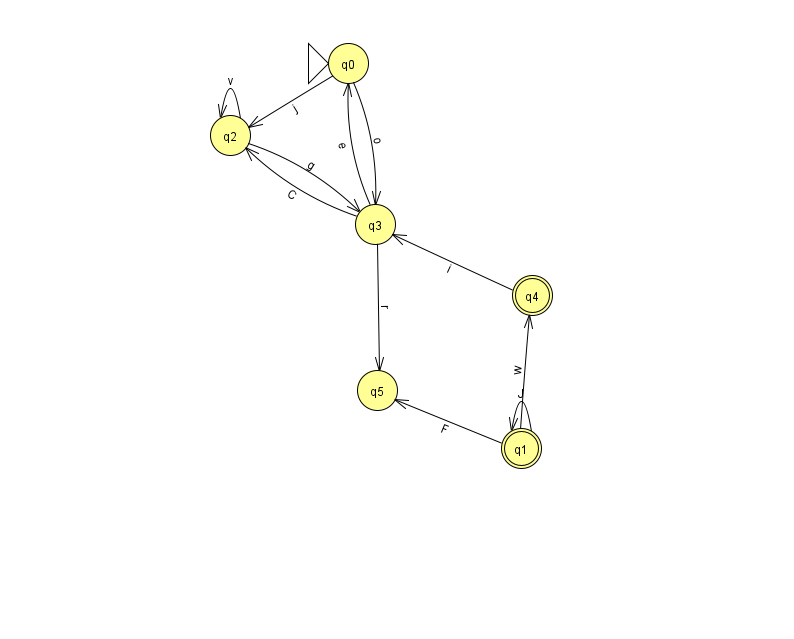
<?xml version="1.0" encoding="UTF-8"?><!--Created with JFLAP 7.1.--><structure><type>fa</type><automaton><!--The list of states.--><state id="0" name="q0"><x>348.0</x><y>50.0</y><initial/></state><state id="1" name="q1"><x>521.0</x><y>435.0</y><final/></state><state id="2" name="q2"><x>230.0</x><y>122.0</y></state><state id="3" name="q3"><x>375.0</x><y>211.0</y></state><state id="4" name="q4"><x>532.0</x><y>282.0</y><final/></state><state id="5" name="q5"><x>377.0</x><y>377.0</y></state><!--The list of transitions.--><transition><from>3</from><to>2</to><read>C</read></transition><transition><from>1</from><to>4</to><read>w</read></transition><transition><from>2</from><to>3</to><read>g</read></transition><transition><from>3</from><to>0</to><read>e</read></transition><transition><from>3</from><to>5</to><read>r</read></transition><transition><from>4</from><to>3</to><read>i</read></transition><transition><from>2</from><to>2</to><read>v</read></transition><transition><from>0</from><to>2</to><read>j</read></transition><transition><from>1</from><to>1</to><read>J</read></transition><transition><from>1</from><to>5</to><read>F</read></transition><transition><from>0</from><to>3</to><read>o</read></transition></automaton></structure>